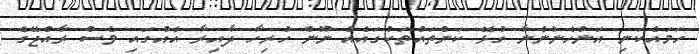
ހަމައެކަނި އަންހެނުންނާ ގުޅޭ ކަންތައްތަކުގައެއް ނޫން ހުރިހާ ދާއިރާ އެއްގައި ވެސް ރާއްޖޭގެ